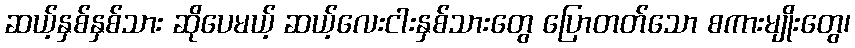
ဆယ့်နှစ်နှစ်သား ဆိုပေမယ့် ဆယ့်လေးငါးနှစ်သားတွေ ပြောတတ်သော စကားမျိုးတွေ၊